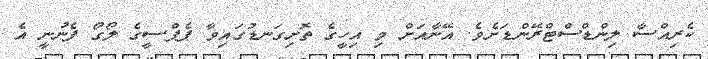
ކެރިއްސާ ލިންޑްސްޓްރޭންޑަށެވެ. އޭނާއަށް މި އިހީގެ ތޮށިގަނޑުގައިވާ ޕެޕްސީގެ ލޯގޯ ފެނުނީ އެ